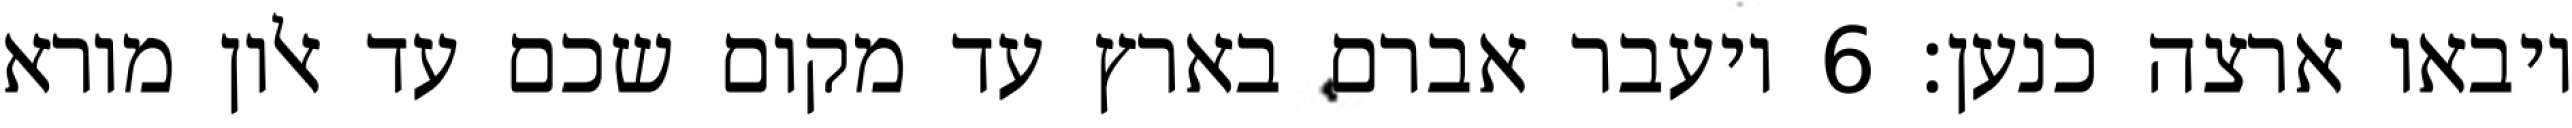
ויבאו ארצה כנען׃ ‎6‏ ויעבר אברם בארץ עד מקום שכם עד אלון מורא